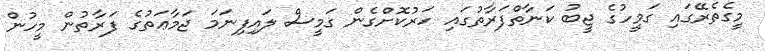
މީގެތެރޭގައި ގަމީހުގެ ޖީބު ކަނާތްފަރާތުގައި ހަރުކޮށްގެން ގަމީސް ލައިފިނަމަ ޖަމާޢަތުގެ ފަރާތުން މީހުން